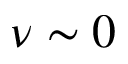
\nu \sim 0